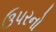
ઉપરનો